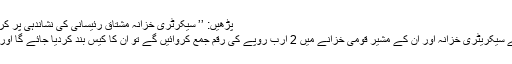
پڑھیں: ’’ سیکرٹری خزانہ مشتاق رئیسانی کی نشاندہی پر کراچی سے سہیل مجید گرفتار ‘‘
ذرائع کے مطابق بلوچستان کے سیکریٹری خزانہ اور اُن کے مشیر قومی خزانے میں 2 ارب روپے کی رقم جمع کروائیں گے تو اُن کا کیس بند کردیا جائے گا اور انہیں رہا بھی کردیا جائے گا۔